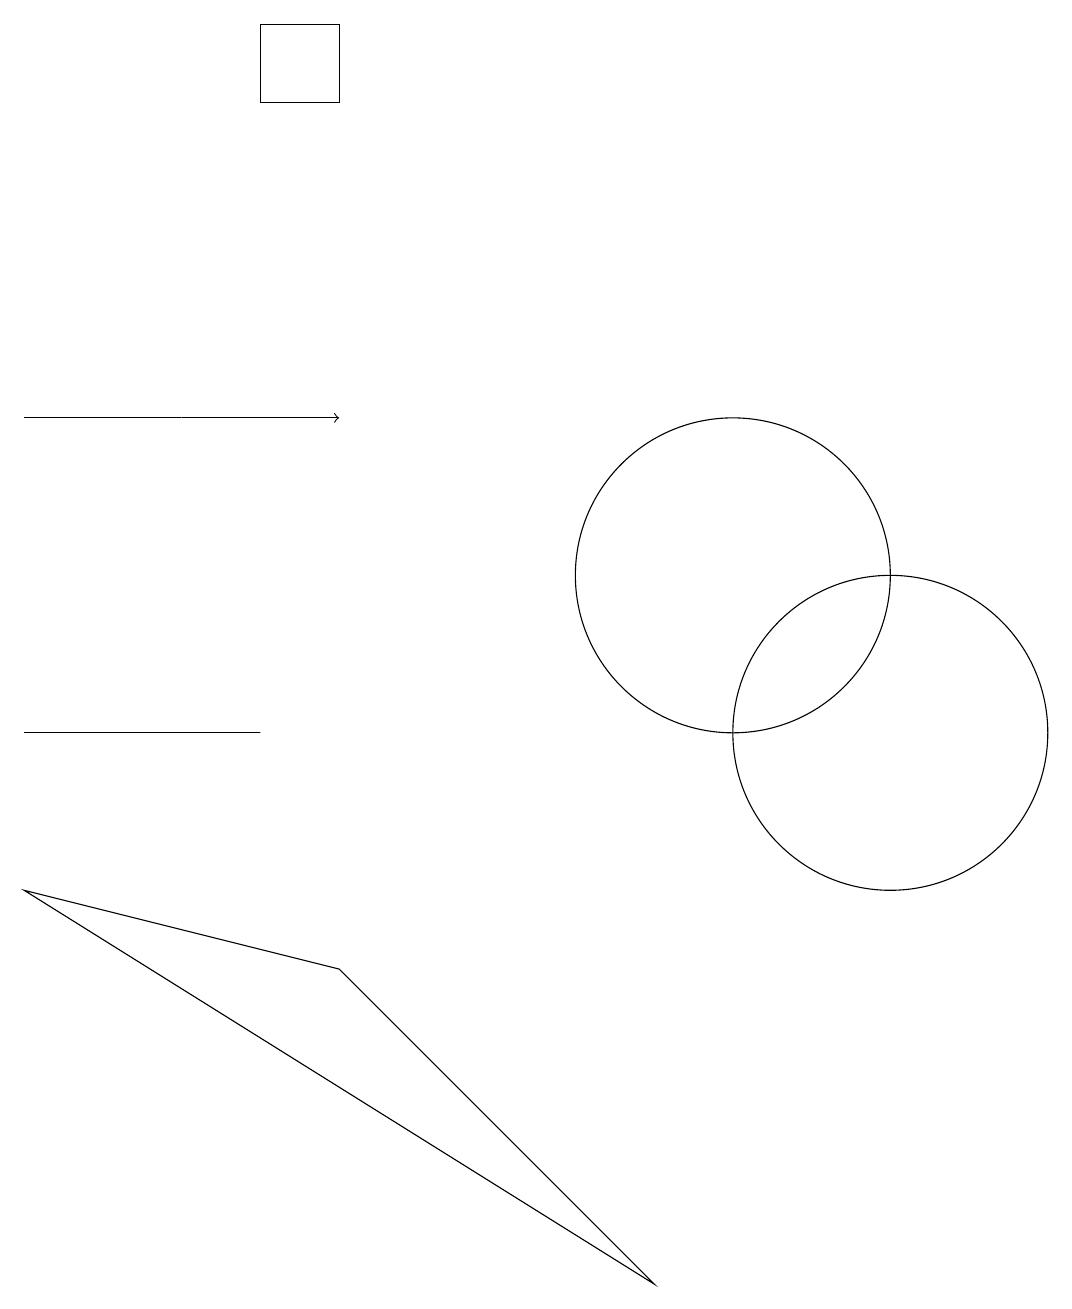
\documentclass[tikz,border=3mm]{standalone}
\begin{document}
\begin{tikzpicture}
\draw (9,3) -- (5,7) -- (1,8) -- cycle;
\draw[->] (3,14) -- (5,14);
\draw (4,19) rectangle (5,18);
\draw (10,12) circle (2);
\draw (4,10) rectangle (1,10);
\draw (12,10) circle (2);
\draw (3,14) rectangle (1,14);
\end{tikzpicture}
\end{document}